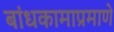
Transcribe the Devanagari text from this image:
बांधकामाप्रमाणे